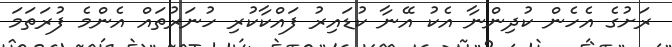
ރަށުގެ އެހެން ކުދިންނާ އެކު އޭނާ ކުޑައިރު ފައްކާކުރި ހުނަރުތައް އެންމެ ފުރަތަމަ